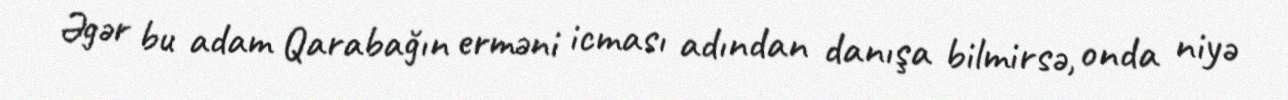
Əgər bu adam Qarabağın erməni icması adından danışa bilmirsə, onda niyə